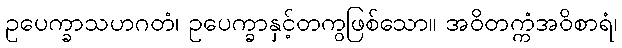
ဥပေက္ခာသဟဂတံ၊ ဥပေက္ခာနှင့်တကွဖြစ်သော။ အဝိတက္ကံအဝိစာရံ၊